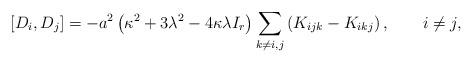
LaTeX: \begin{align*}\left[D_i, D_j\right] = - a^2 \left(\kappa^2 + 3 \lambda^2 - 4 \kappa\lambda I_r \right) \sum_{k\ne i,j} \left(K_{ijk} - K_{ikj}\right), \qquad i\ne j,\end{align*}